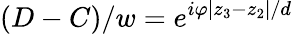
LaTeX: (D-C)/w=e^{i\varphi|z_{3}-z_{2}|/d}